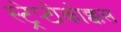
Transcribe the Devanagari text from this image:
स्ट्रेप्टोकोक्कस